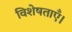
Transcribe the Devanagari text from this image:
विशेषताएँ।